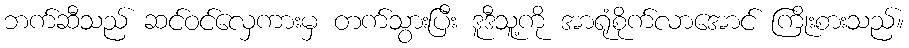
ဘက်ဆီသည် ဆင်ဝင်လှေကားမှ တက်သွားပြီး ဒူဒီသူ့ကို အာရုံစိုက်လာအောင် ကြိုးစားသည်။